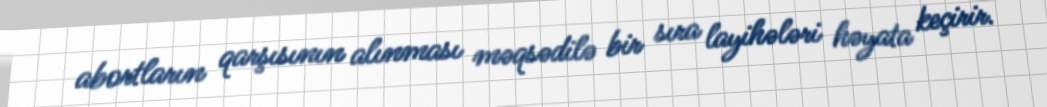
abortların qarşısının alınması məqsədilə bir sıra layihələri həyata keçirir.